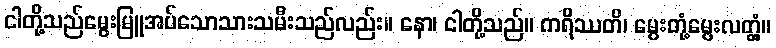
ငါတို့သည်မွေးမြူအပ်သောသားသမီးသည်လည်း။ နော၊ ငါတို့သည်။ ကရိဿတိ၊ မွေးတုံ့မွေးလတ္တံ့။